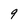
Character: 9